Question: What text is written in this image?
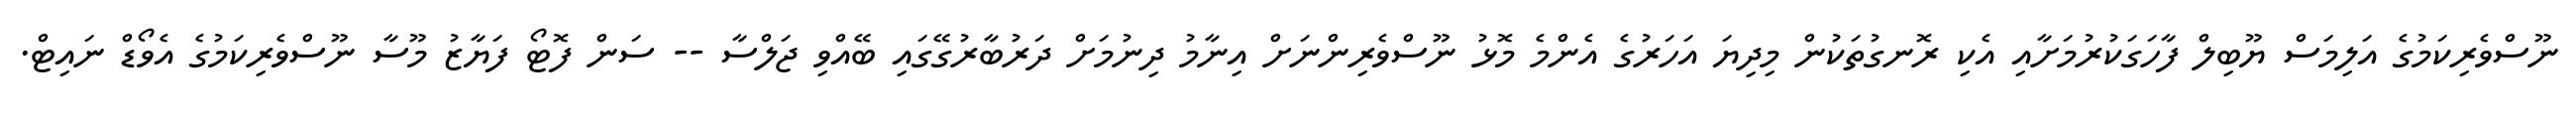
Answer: ނޫސްވެރިކަމުގެ އަލިމަސް ޔޫބިލް ފާހަގަކުރުމަށާއި އެކި ރޮނގުތަކުން މިދިޔަ އަހަރުގެ އެންމެ މޮޅު ނޫސްވެރިންނަށް އިނާމު ދިނުމަށް ދަރުބާރުގޭގައި ބޭއްވި ޖަލްސާ -- ސަން ފޮޓޯ ފަޔާޒު މޫސާ ނޫސްވެރިކަމުގެ އެވޯޑް ނައިޓް.